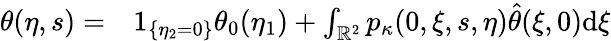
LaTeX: \begin{array}{rl}{\theta(\eta,s)=}&{{}1_{\{ \eta_{2}=0\} }\theta_{0}(\eta_{1})+\int_{\mathbb{R}^{2}}p_{\kappa}(0,\xi,s,\eta)\hat{\theta}(\xi,0)\mathrm{d}\xi}\end{array}